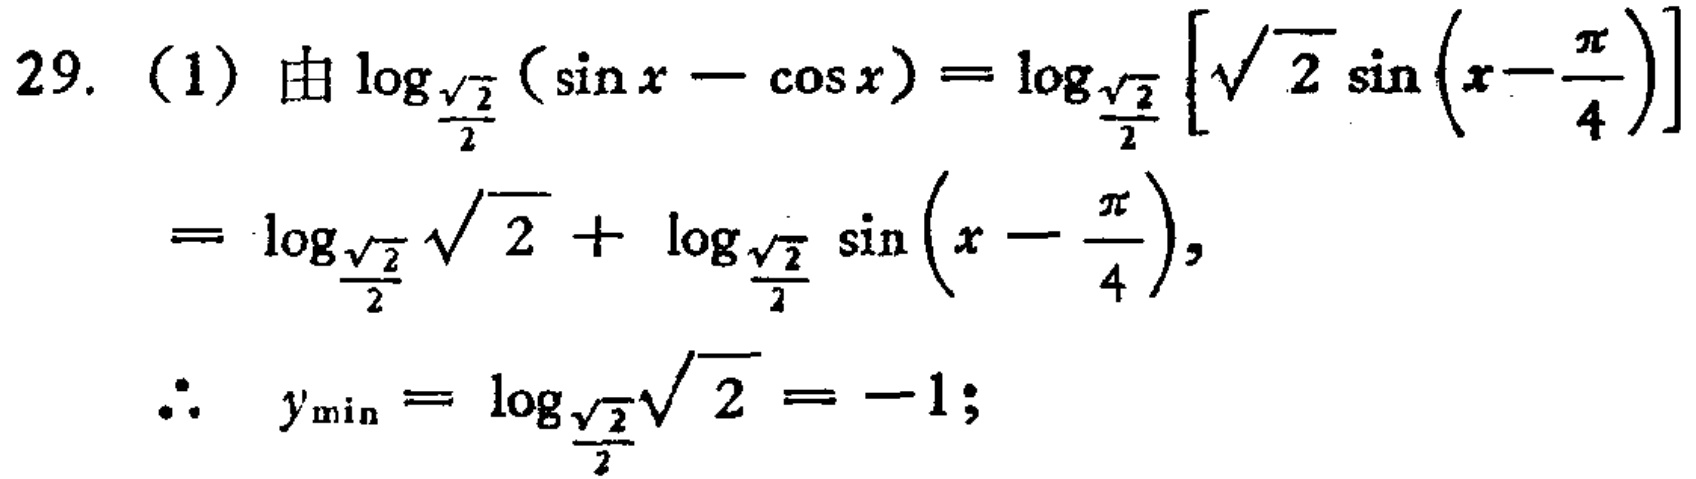
\[

\begin{align*}

29.\ (1)&\text{由}\log_{\frac{\sqrt{2}}{2}}(\sin x - \cos x)=\log_{\frac{\sqrt{2}}{2}}\left[\sqrt{2}\sin\left(x - \frac{\pi}{4}\right)\right]\\

&=\log_{\frac{\sqrt{2}}{2}}\sqrt{2}+\log_{\frac{\sqrt{2}}{2}}\sin\left(x - \frac{\pi}{4}\right),\\

&\therefore\ y_{\min}=\log_{\frac{\sqrt{2}}{2}}\sqrt{2}=-1;

\end{align*}

\]